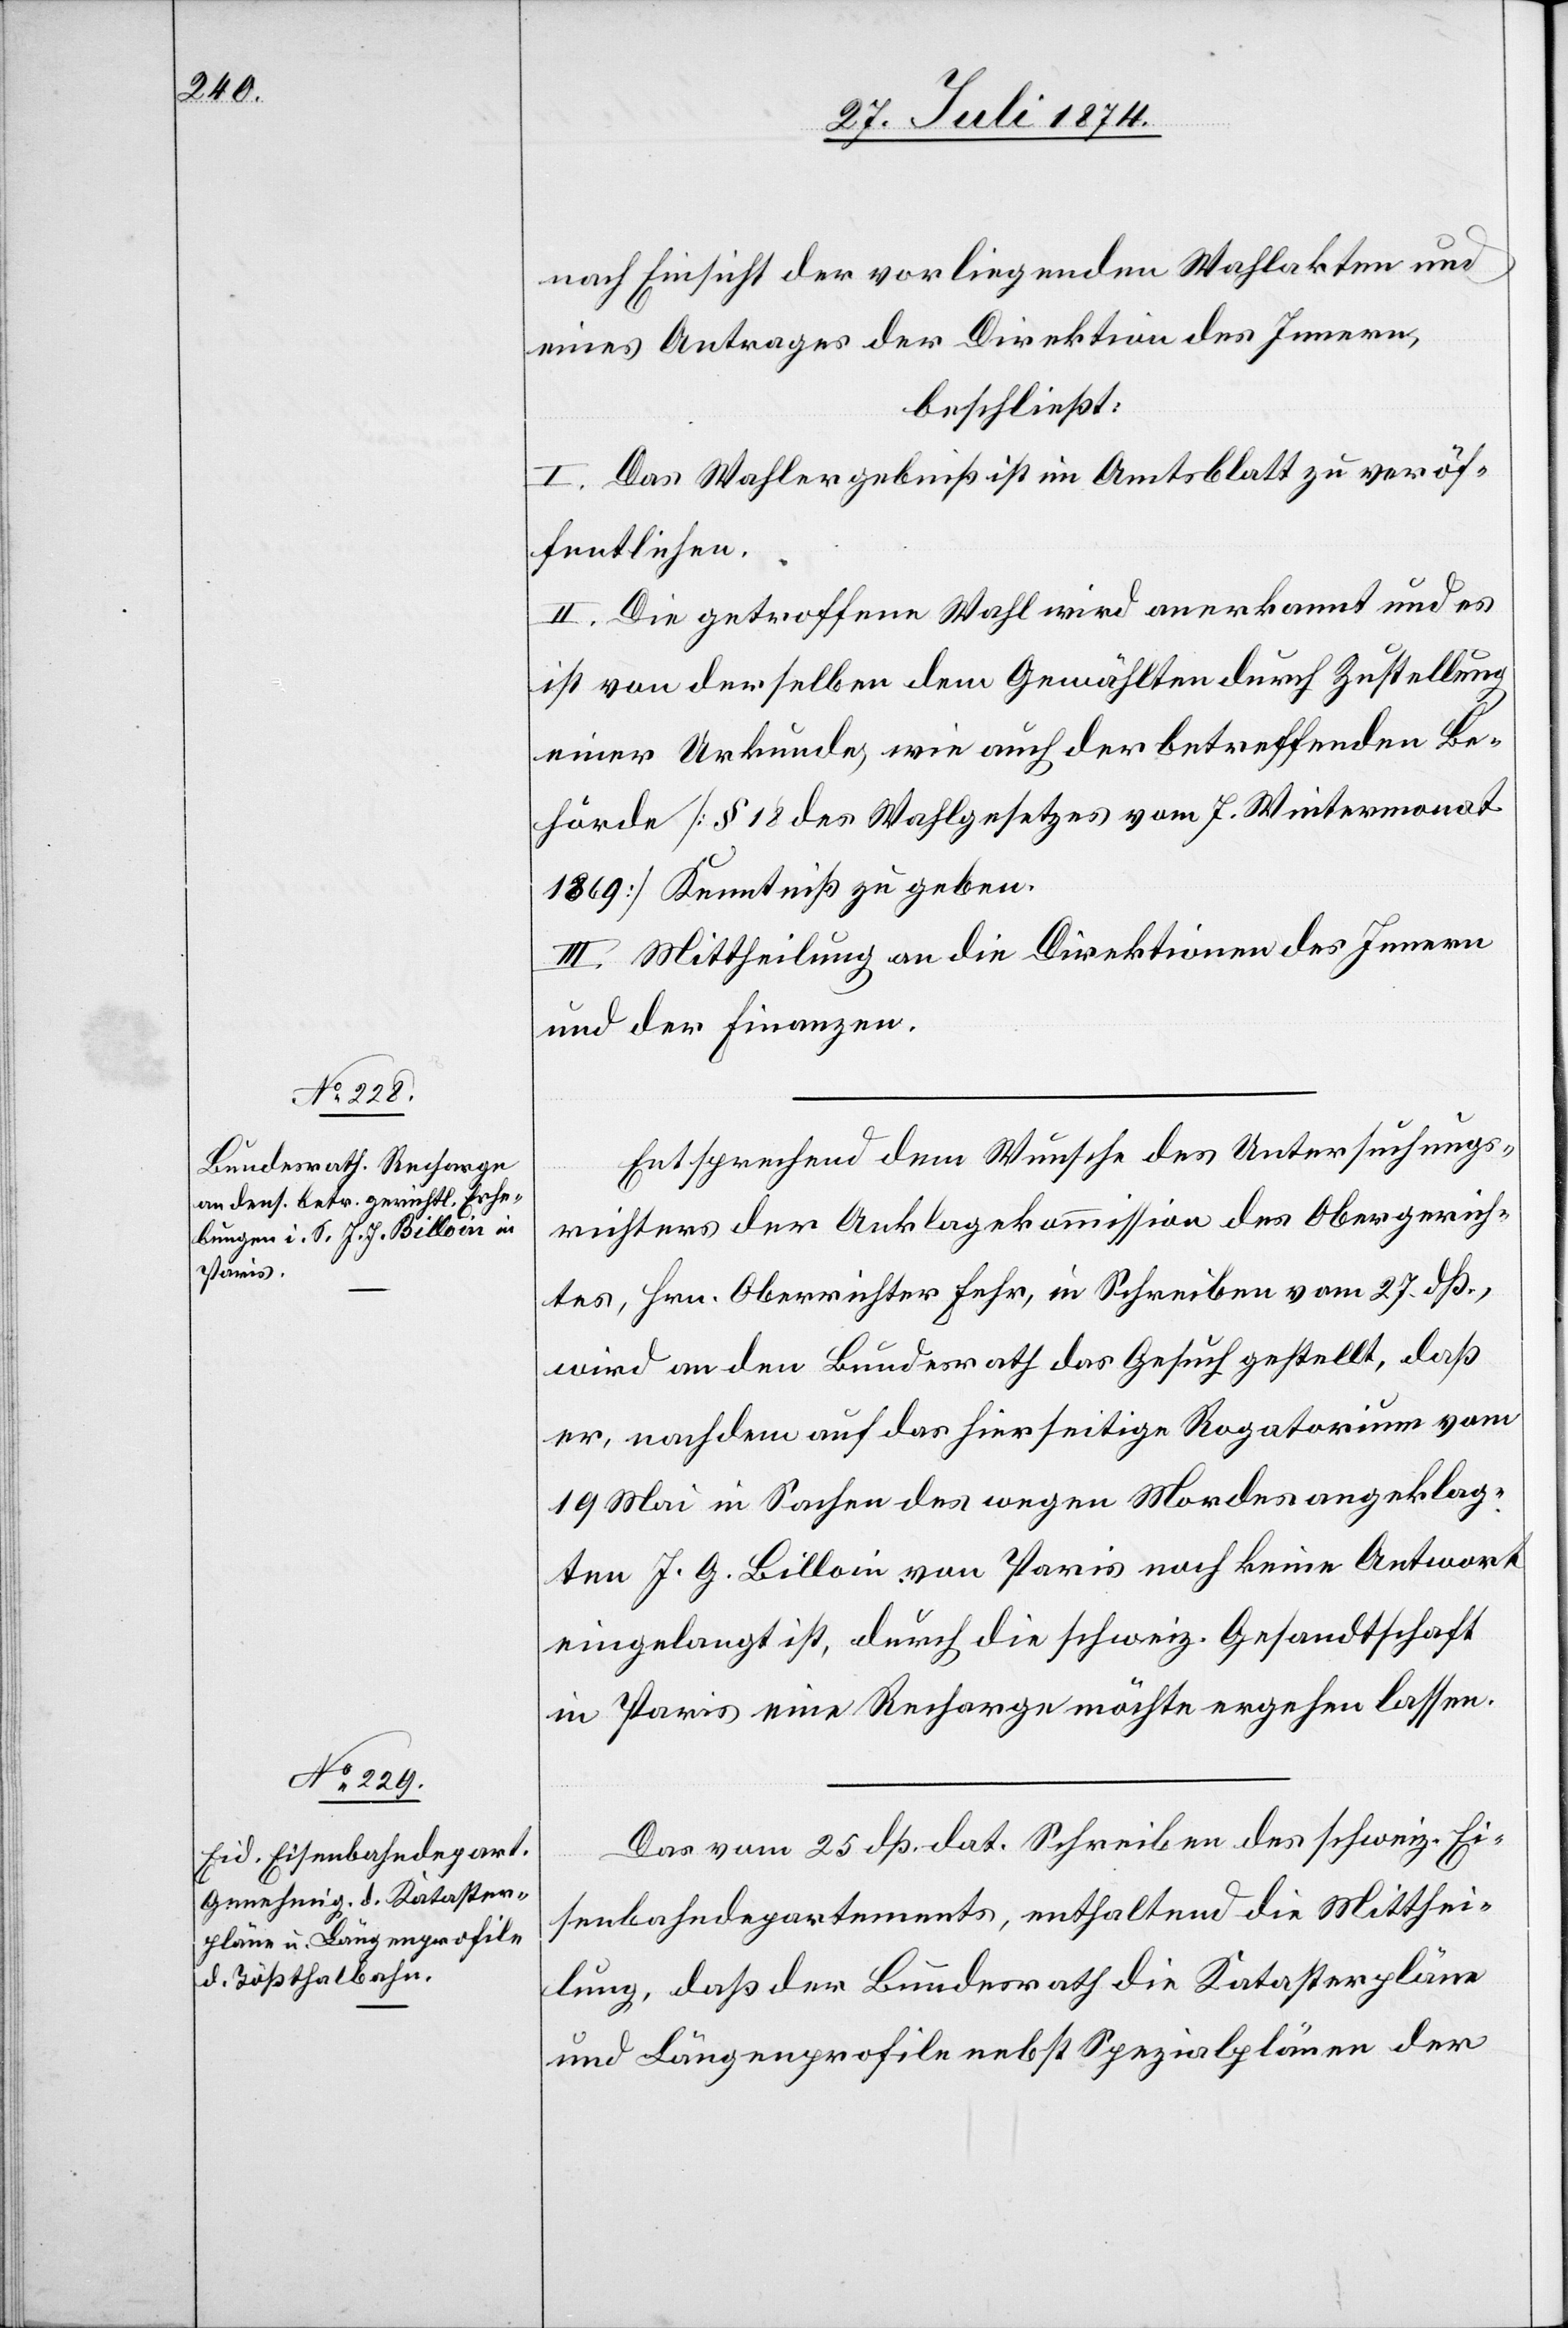
28. Juli 1874.]
nach Einsicht der vorliegenden Wahlakten und
eines Antrages der Direktion des Innern,
beschließt:
I. Das Wahlergebniß ist im Amtsblatt zu veröf¬
fentlichen.
II. Die getroffene Wahl wird anerkannt und es
ist von derselben dem Gewählten durch Zustellung
einer Urkunde wie auch der betreffenden Be¬
hörde [§ 18 des Wahlgesetzes vom 7. Wintermonat
1869] Kenntniß zu geben.
III. Mittheilung an die Direktionen des Innern
und der Finanzen.
Entsprechend dem Wunsche des Untersuchungs¬
richters der Anklagekommission des Obergerich¬
tes, Hrn. Oberrichter Fehr, in Schreiben vom 27. dß.,
wird an den Bundesrath das Gesuch gestellt, daß
er, nachdem auf das hierseitige Rogatorium vom
19. Mai in Sachen des wegen Mordes angeklag¬
ten J. G. [sic!] Billoin von Paris noch keine Antwort
eingelangt ist, durch die schweiz. Gesandtschaft
in Paris eine Recharge möchte ergehen lassen.
Das vom 25. dß. dat. Schreiben des schweiz. Ei¬
senbahndepartements, enthaltend die Mitthei¬
lung, daß der Bundesrath die Katasterpläne
und Längenprofile nebst Spezialplänen der